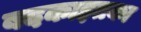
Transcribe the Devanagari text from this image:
बदकाइतका